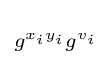
\scriptstyle g^{x_{i}y_{i}}g^{v_{i}}